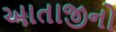
આતાજીનો